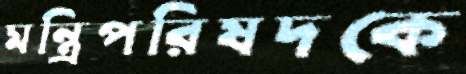
মন্ত্রিপরিষদকে